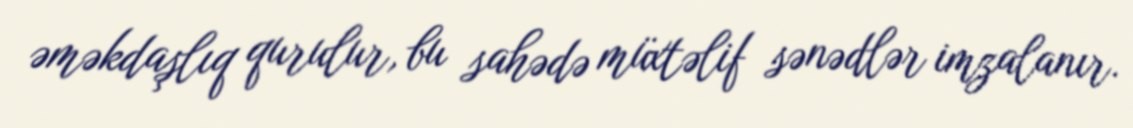
əməkdaşlıq qurulur, bu sahədə müxtəlif sənədlər imzalanır.